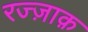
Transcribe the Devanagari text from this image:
रज्ज़ाक़